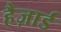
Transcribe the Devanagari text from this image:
हैज़ार्ड